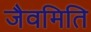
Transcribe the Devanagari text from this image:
जैवमिति